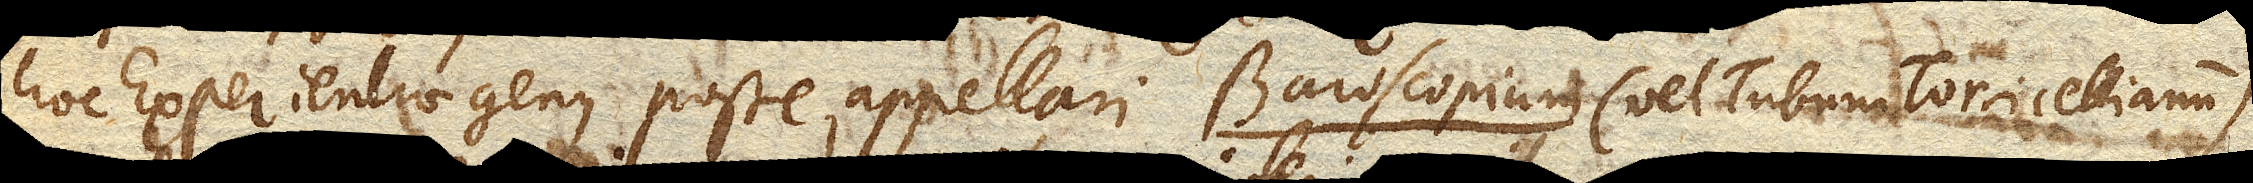
hoc Experientiae genus posse appellari Baroscopium (vel Tubum Torricellianum)